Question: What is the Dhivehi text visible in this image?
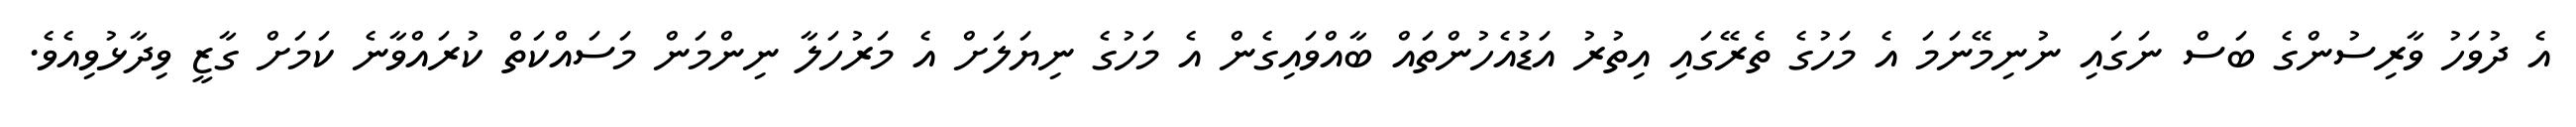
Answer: އެ ދުވަހު ވާރިސުންގެ ބަސް ނަގައި ނުނިމޭނަމަ އެ މަހުގެ ތެރޭގައި އިތުރު އަޑުއެހުންތައް ބާއްވައިގެން އެ މަހުގެ ނިޔަލަށް އެ މަރުހަލާ ނިންމަން މަސައްކަތް ކުރައްވާނެ ކަމަށް ގާޒީ ވިދާޅުވިއެވެ.